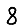
Digit: 8